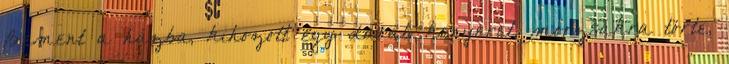
Bement a házba, kihozott egy darab kenyeret, morzsákra törte,